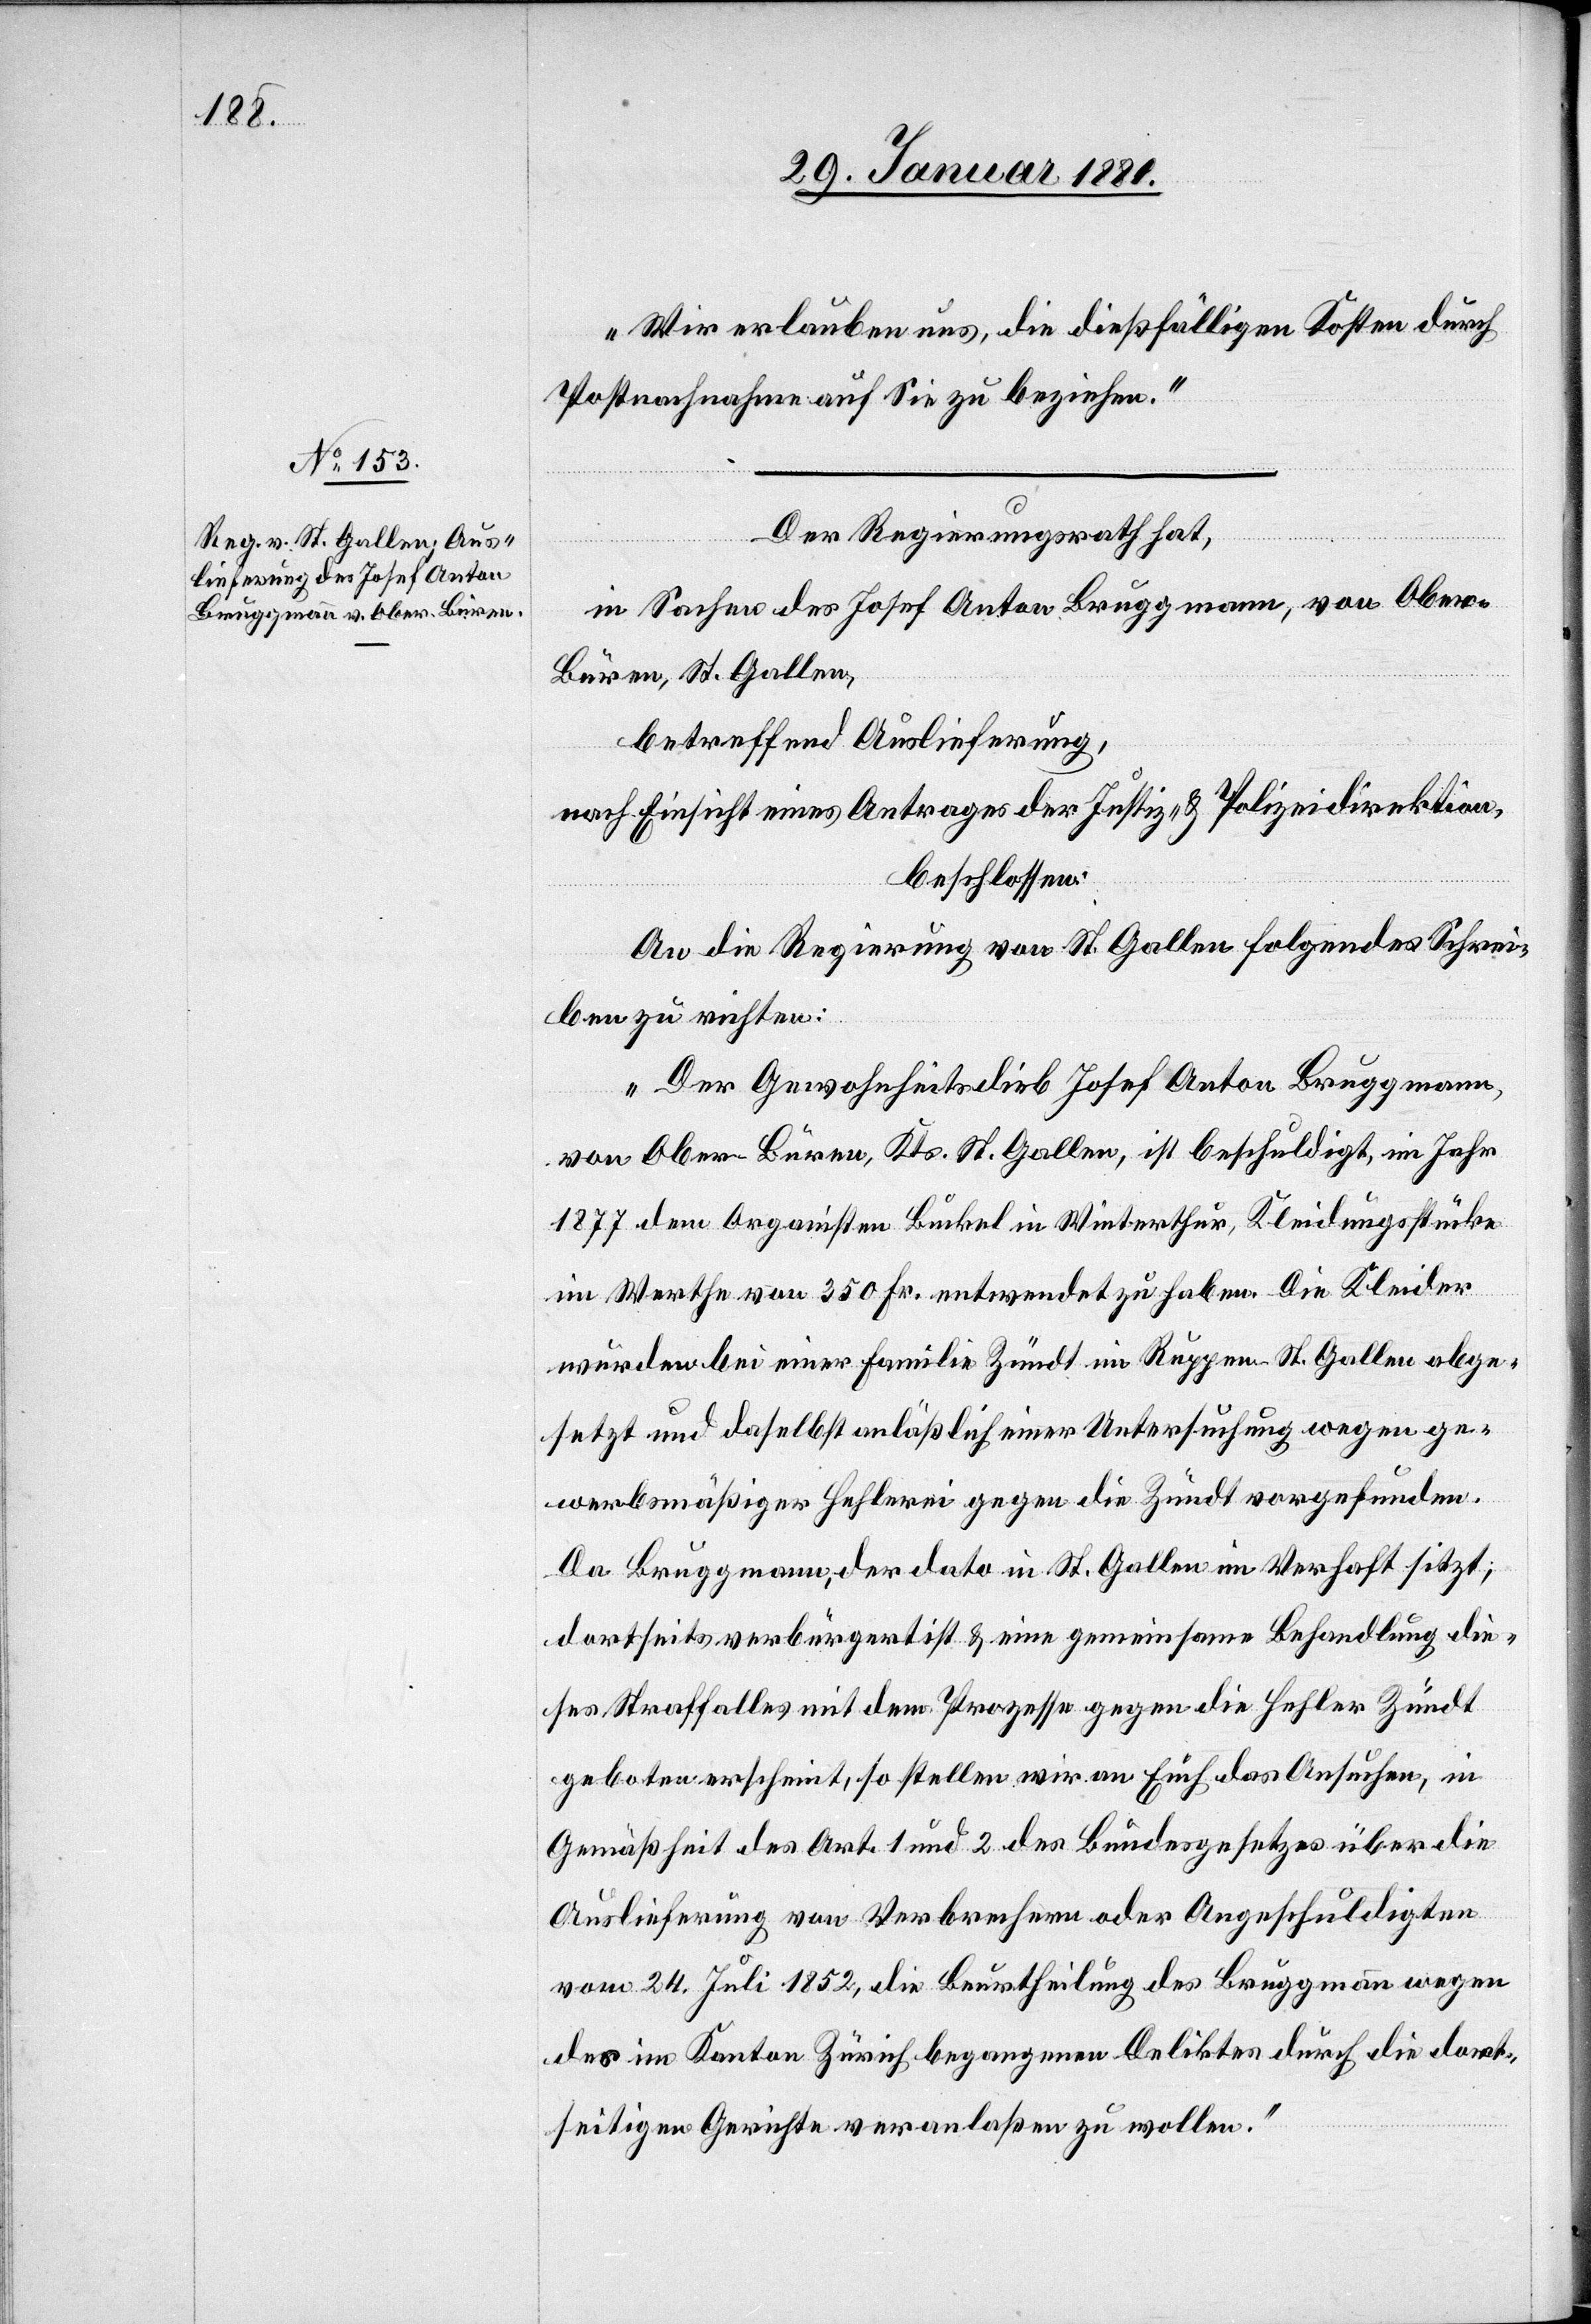
„Wie erlauben uns, die dießfälligen Kosten durch
Postennachnahme auf Sie zu beziehen.“
Der Regierungsrath hat,
in Sachen des Josef Anton Bruggmann, von Ober-B¬
üren, St. Gallen,
betreffend Auslieferung,
nach Einsicht eines Antrages der Justiz- & Polizeidirektion,
beschlossen:
An die Regierung von St. Gallen folgendes Schrei¬
ben richten:
„Die Gewohnheitsdieb Josef Anton Bruggmann,
von Ober-Büren, Kts. St. Gallen, ist beschuldigt, im Jahr
1877 dem Organisten Buckel in Winterthur, Kleidungsstücke
im Werthe von 350 Fr. entwendet zu haben. Die Kleider
wurden bei einer Familie Zündt im Ruppen - St. Gallen abge¬
setzt und daselbst anläßlich einer Untersuchung wegen ge¬
werbsmäßiger Hehlerei gegen die Zündt vorgefunden.
Da Bruggmann, der dato in St. Gallen im Verhaft sitzt;
dortseits verbürgert ist & eine gemeinsame Behandlung die¬
ses Straffalles mit dem Prozesse gegen die Hehler Zündt
geboten erscheint, so stellen wir an Euch das Ansuchen, in
Gemäßheit des Art. 1 und 2 des Bundesgesetzes über die
Auslieferung von Verbrechern oder Angeschuldigten
vom 24. Juli 1852, die Beurtheilung des Bruggmann wegen
des im Kanton Zürich begangenen Deliktes durch die dort¬
seitigen Gerichte veranlaßen zu wollen.“